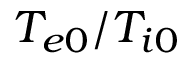
T _ { e 0 } / T _ { i 0 }